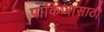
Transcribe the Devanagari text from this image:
पाकिजासाठी